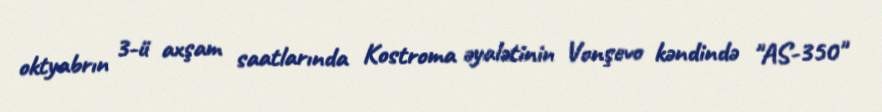
oktyabrın 3-ü axşam saatlarında Kostroma əyalətinin Vonşevo kəndində "AS-350"